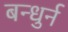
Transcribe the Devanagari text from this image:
बन्धुर्न